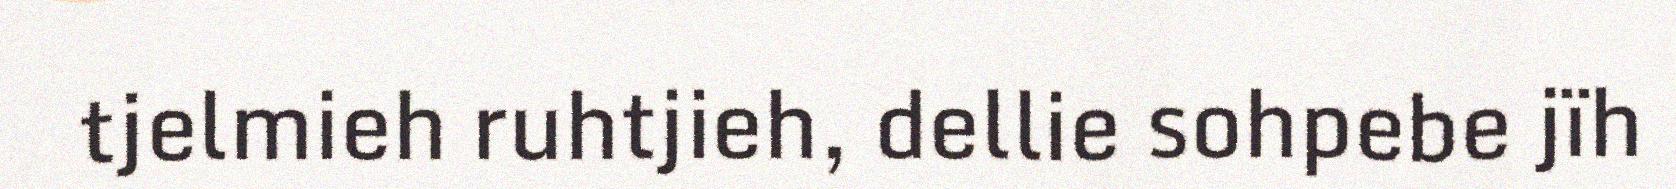
tjelmieh ruhtjieh, dellie sohpebe jïh